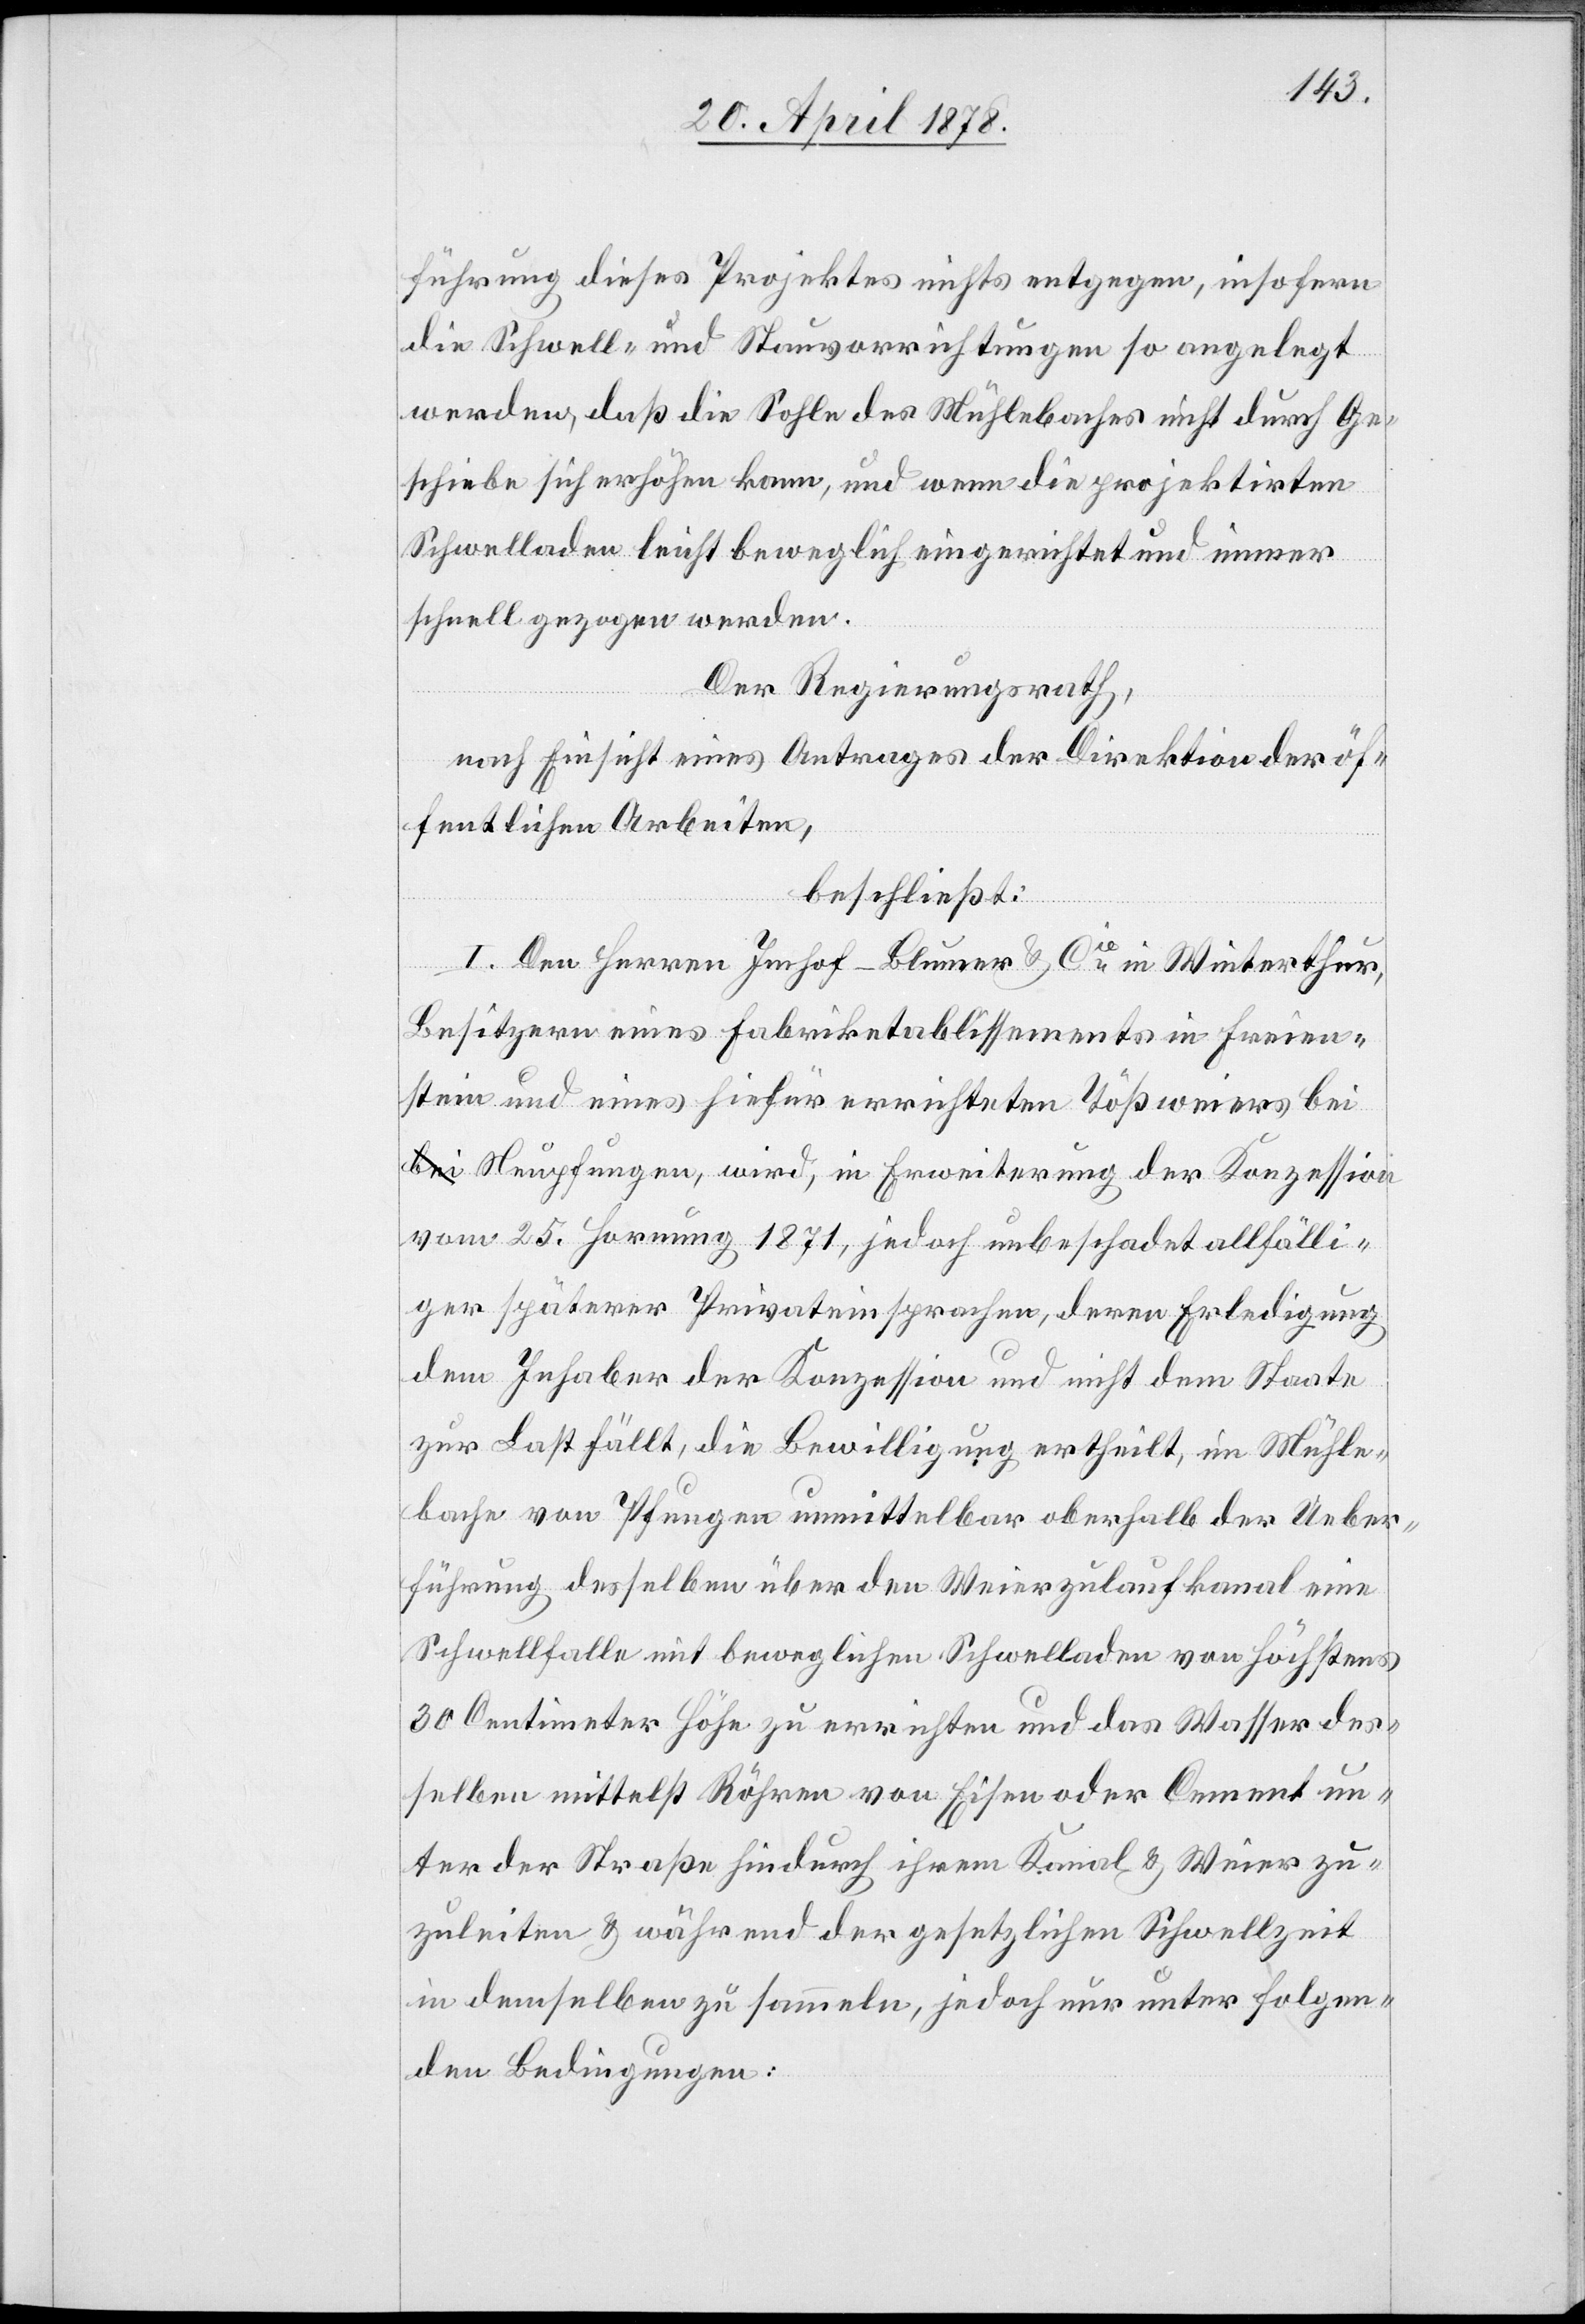
führung dieses Projektes nichts entgegen, insofern
die Schwell- und Stauvorrichtungen so angelegt
werden, daß die Sohle des Mühlebaches nicht durch Ge¬
schiebe sich erhöhen kann, und wenn die projektirten
Schwelladen leicht beweglich eingerichtet und immer
schnell gezogen werden.
Der Regierungsrath,
nach Einsicht eines Antrages der Direktion der öf¬
fentlichen Arbeiten,
beschließt:
I. Den Herren Imhof-Blumer & Cie in Winterthur,
Besitzern eines Fabriketablissements in Freien¬
stein und eines hiefür errichteten Tößweiers bei
Neupfungen, wird, in Erweiterung der Konzession
vom 25. Hornung 1871, jedoch unbeschadet allfälli¬
ger späterer Privateinsprachen, deren Erledigung
dem Inhaber der Konzession und nicht dem Staate
zur Last fällt, die Bewilligung ertheilt, im Mühle¬
bache von Pfungen unmittelbar oberhalb der Ueber¬
führung desselben über den Weierzulaufkanal eine
Schwellfalle mit beweglichen Schwelladen von höchstens
30 Centimeter Höhe zu errichten und das Wasser des¬
selben mittelst Röhren von Eisen oder Cement un¬
ter der Straße hindurch ihrem Kanal & Weier zu¬
zuleiten & während der gesetzlichen Schwellzeit
in demselben zu sammeln, jedoch nur unter folgen¬
den Bedingungen: